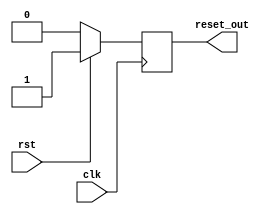
module sync_reset_detector (
    input wire clk,        // Main clock signal
    input wire rst,        // Synchronous reset signal
    output reg reset_out   // Reset output for memory blocks
);

    // Always block triggered on the rising edge of the clock
    always @(posedge clk) begin
        if (rst) begin
            reset_out <= 1'b1; // Assert reset output on reset signal
        end else begin
            // Maintain reset_out high until the next clock cycle after rst goes low
            reset_out <= 1'b0; // Deassert reset output when rst is low
        end
    end

endmodule